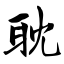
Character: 耽